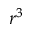
r ^ { 3 }